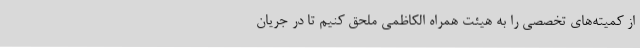
از کمیته‌های تخصصی را به هیئت همراه الکاظمی ملحق کنیم تا در جریان